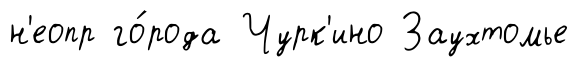
н'еопр го́рода Чурк'ино Заухтомье